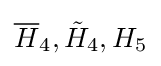
{\overline {H}}_{4},{\tilde {H}}_{4},H_{5}